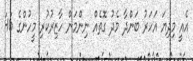
އެއީ މިދިޔަ އަހަރު ބަންދާ މެދު ގޮތެއް ނިންމަން ހާޒިރުކުރި މީހުންގެ 46